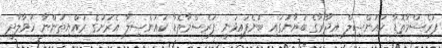
ފަރެސްމާތޮޑާ ކައުންސިލް އިދާރާގެ ބަޔާނުގައި ބުނެފައިވަނީ ފަރެސްމާތޮޑާ ކައުންސިލާ އެރަށުގެ ރައްޔިތުންނާ ހަވާލާދީ